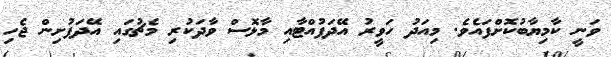
ވަނީ ކާމިޔާބުކޮށްފައެވެ. މިއަދު ހަވީރު އޭދަފުއްޓާއި މާޅޮސް ވާދަކުރި މެޗުގައި އޭދަފުށިން ޖެހި